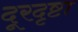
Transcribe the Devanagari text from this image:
दूरदृष्टा